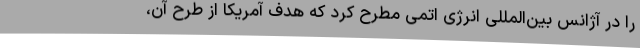
را در آژانس بین‌المللی انرژی اتمی مطرح کرد که هدف آمریکا از طرح آن،